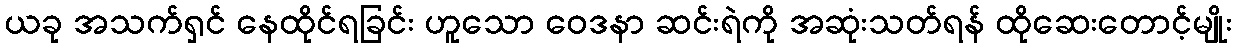
ယခု အသက်ရှင် နေထိုင်ရခြင်း ဟူသော ဝေဒနာ ဆင်းရဲကို အဆုံးသတ်ရန် ထိုဆေးတောင့်မျိုး